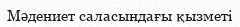
Мәдениет саласындағы қызметі